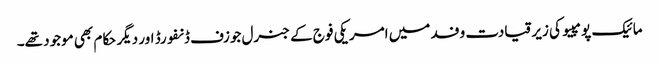
مائیک پومپیو کی زیر قیادت وفد میں امریکی فوج کے جنرل جوزف ڈنفورڈ اور دیگر حکام بھی موجود تھے۔